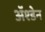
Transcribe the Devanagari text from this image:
ॲश्डेन